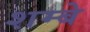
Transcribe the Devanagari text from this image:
शम्बे